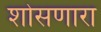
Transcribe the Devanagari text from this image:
शोसणारा